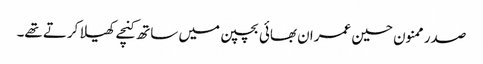
صدر ممنون حسین عمران بھائی بچپن میں ساتھ کنچے کھیلا کرتے تھے۔